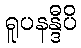
ရူပနန္ဒီပိ